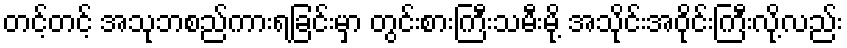
တင့်တင့် အသုဘစည်ကားရခြင်းမှာ တွင်းစားကြီးသမီးမို့ အသိုင်းအဝိုင်းကြီးလို့လည်း